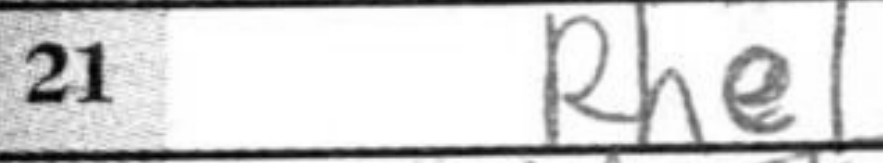
Transcription: Rhe1